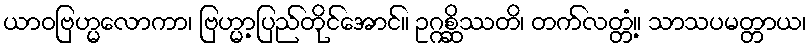
ယာဝဗြဟ္မလောကာ၊ ဗြဟ္မာ့ပြည်တိုင်အောင်။ ဥဂ္ဂစ္ဆိဿတိ၊ တက်လတ္တံ့။ သာသပမတ္တာယ၊